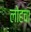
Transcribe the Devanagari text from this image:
लोहचा